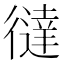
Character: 㣵